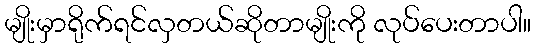
မျိုးမှာရိုက်ရင်လှတယ်ဆိုတာမျိုးကို လုပ်ပေးတာပါ။